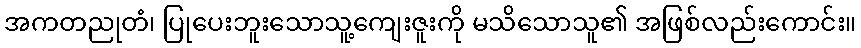
အကတညုတံ၊ ပြုပေးဘူးသောသူ့ကျေးဇူးကို မသိသောသူ၏ အဖြစ်လည်းကောင်း။